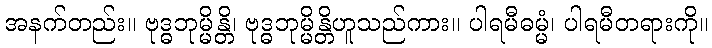
အနက်တည်း။ ဗုဒ္ဓဘုမ္မိန္တိ၊ ဗုဒ္ဓဘုမ္မိန္တိဟူသည်ကား။ ပါရမီဓမ္မံ၊ ပါရမီတရားကို။